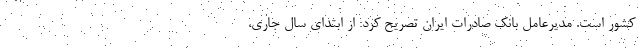
کشور است. مدیرعامل بانک صادرات ایران تصریح کرد: از ابتدای سال جاری،